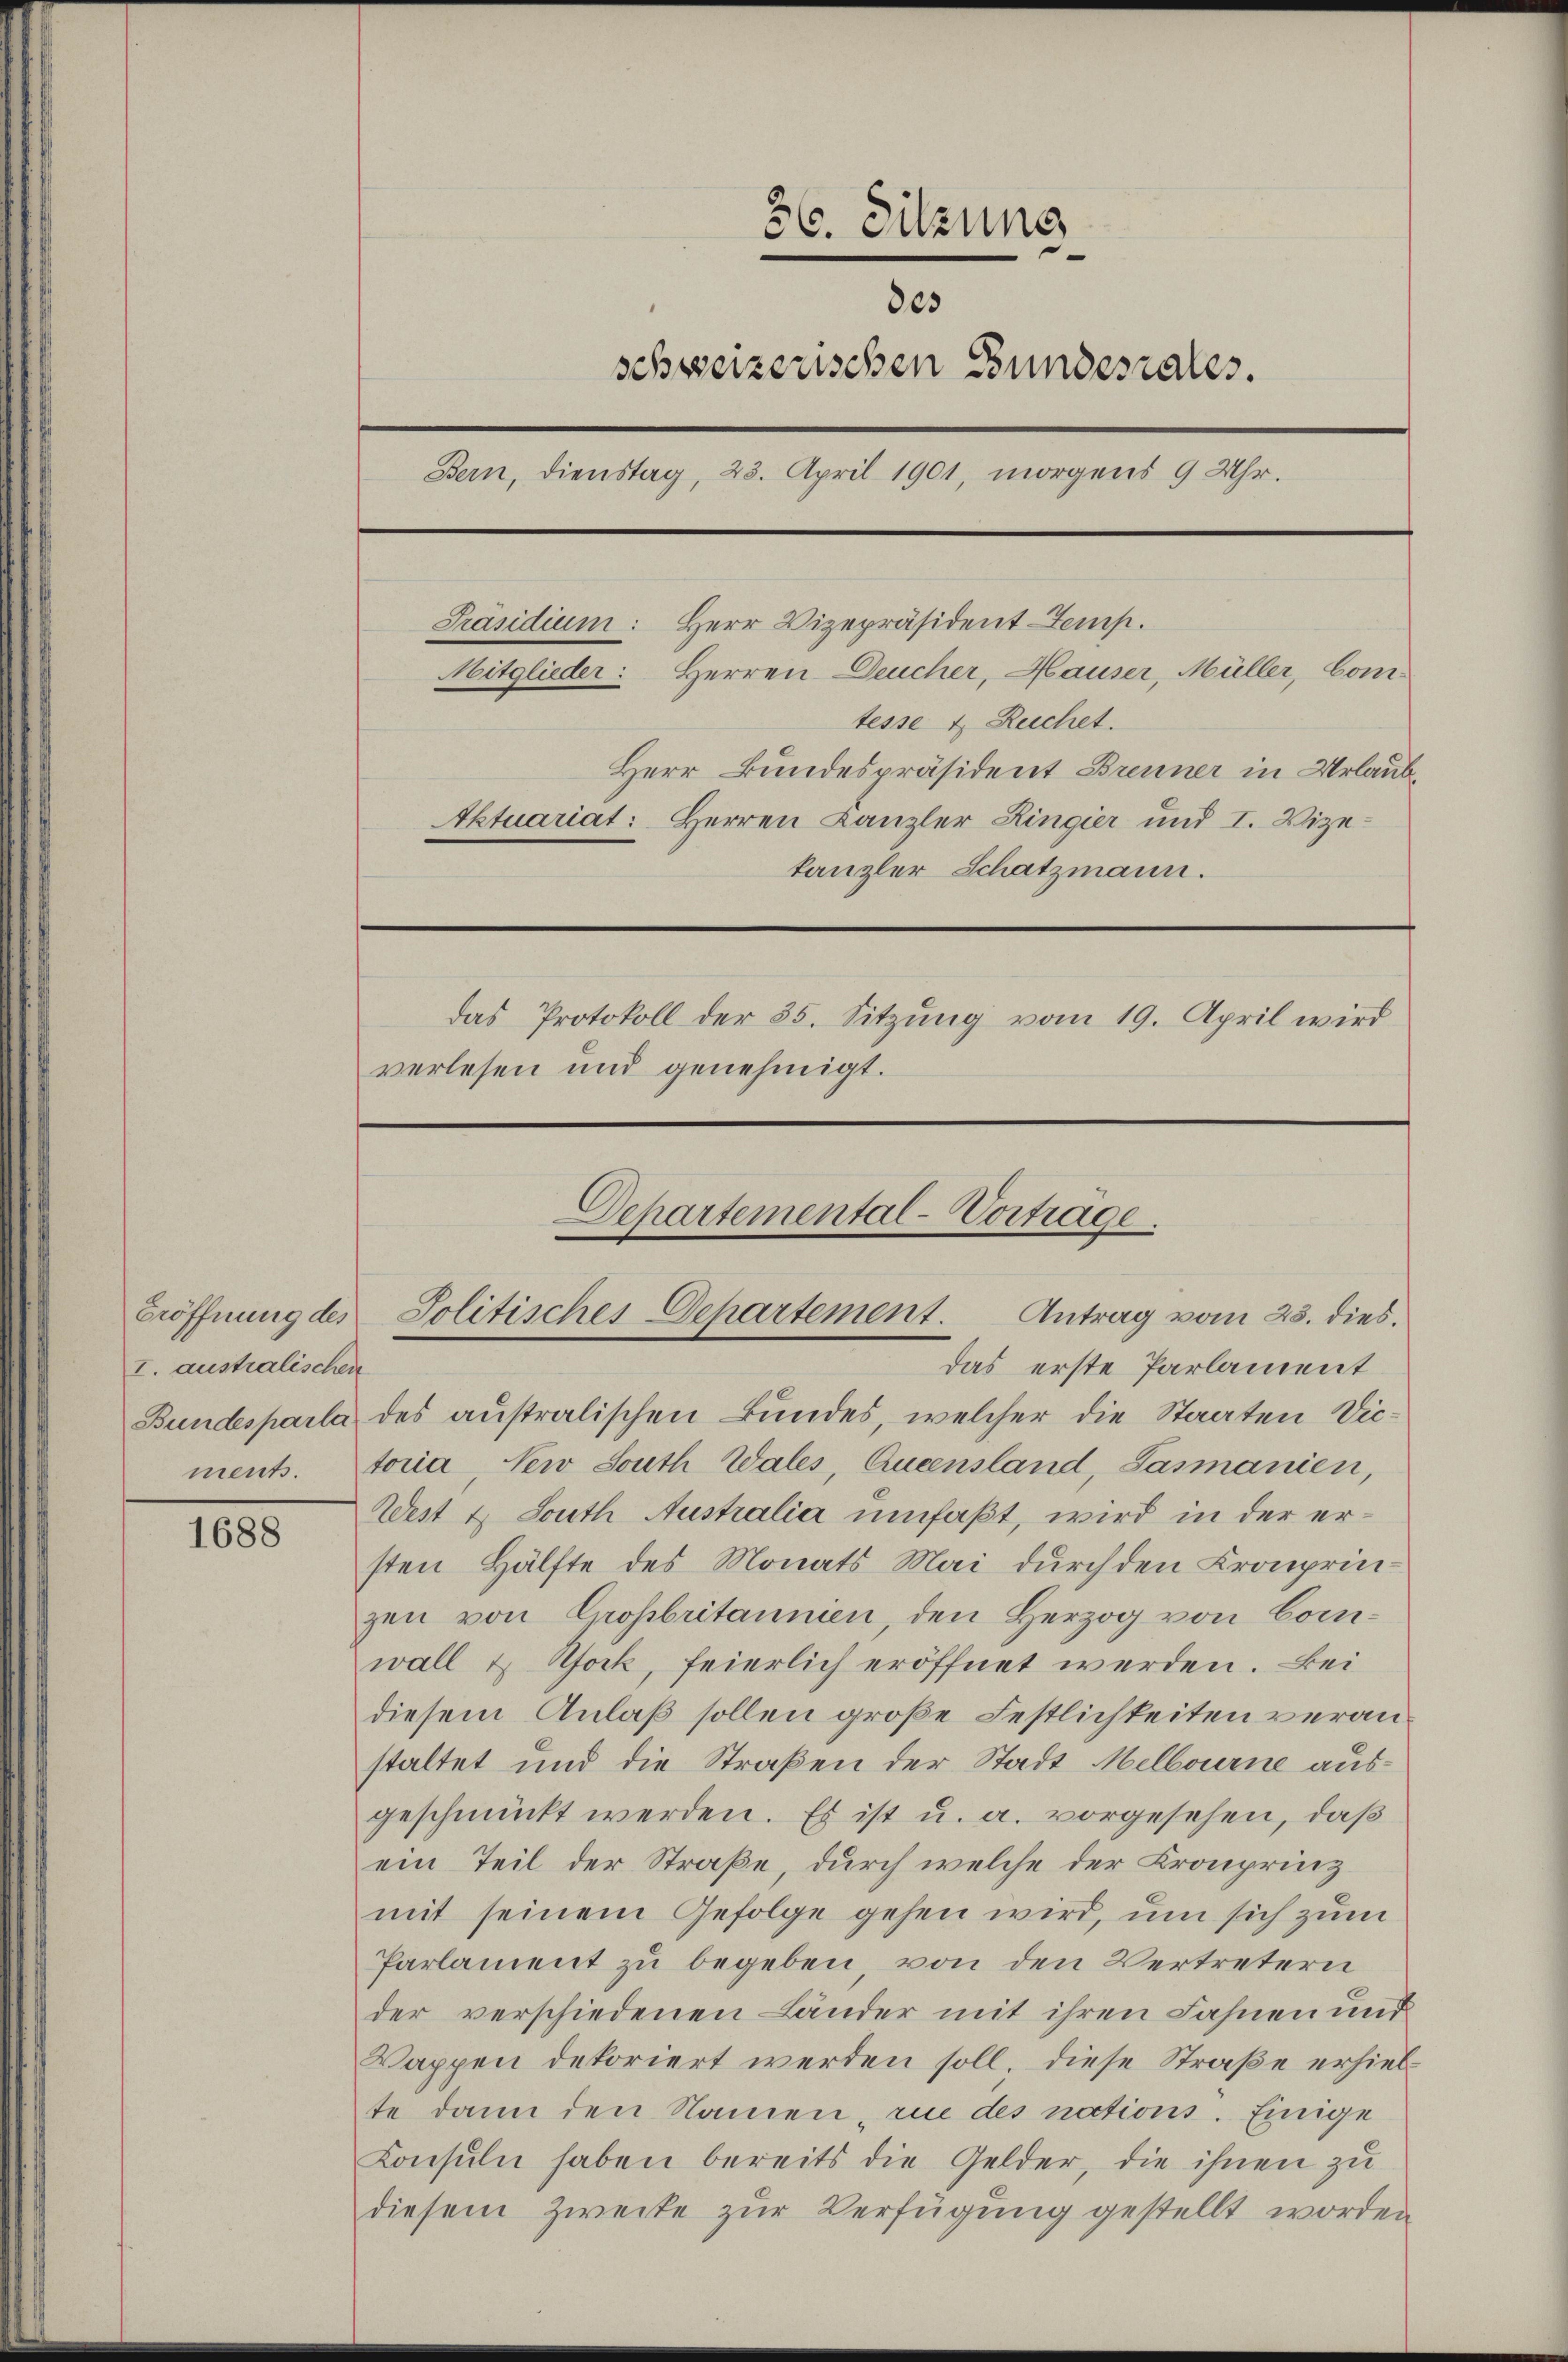
I. australischen

1688

36. Sitzung
805
schweizerischen Bundesrates.
Bern, Dienstag, 23. April 1901, morgens 9 Uhr.
Präsidium: Herr Vizepräsident emp
Mitglieder: Herren Deucher, Hauser, Müller, Comtesse & Ruchet.
Herr Bundespräsident Brenner in Urlaub¬
Aktuariat: Herren Canzler Ringier und I. Vizekanzler Schatzmann.
das Protokoll der 35. Sitzung vom 19. April wird
verlesen und genehmigt.

das erste Parlament
Bundesparla des australischen Bundes, welcher die Staaten Vicments. toria New South Wales, Aueensland Gasmanien,
West u South Australia umfaßt, wird in der ersten Hälfte des Monats Mai durch den Kronprinzen von Großbritannien, den Herzog von Comwall & fock, feierlich eröffnet werden. Bei
diesem Anlaß sollen große Festlichkeiten veranstaltet und die Straßen der Stadt Melbourne ausgeschmückt werden. Es ist u. a. vorgesehen, daß
ein Teil der Straße, durch welche der Kronprinz
mit seinem Gefolge gehen wird, um sich zum
Parlament zu begeben, von den Vertretern
der verschiedenen Länder mit ihren Fahnen und
Wappen dekoriert werden soll. Diese Straße erhielte dann den Namen, rue des nations. Einige
Konsuln haben bereits die Gelder, die ihnen zu
diesem Zwecke zur Verfügung gestellt worden

Departemental-Vorträge.
Eröffnung des Politisches Departement. Antrag vom 25. dies.